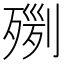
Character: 𣨸